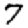
Digit: 7